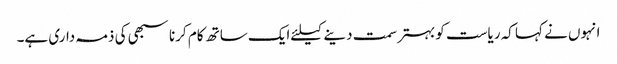
انہوں نے کہا کہ ریاست کو بہترسمت دینےکیلئےایک ساتھ کام کرنا سبھی کی ذمہ داری ہے۔